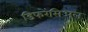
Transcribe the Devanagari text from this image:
डिफरेंसिअल